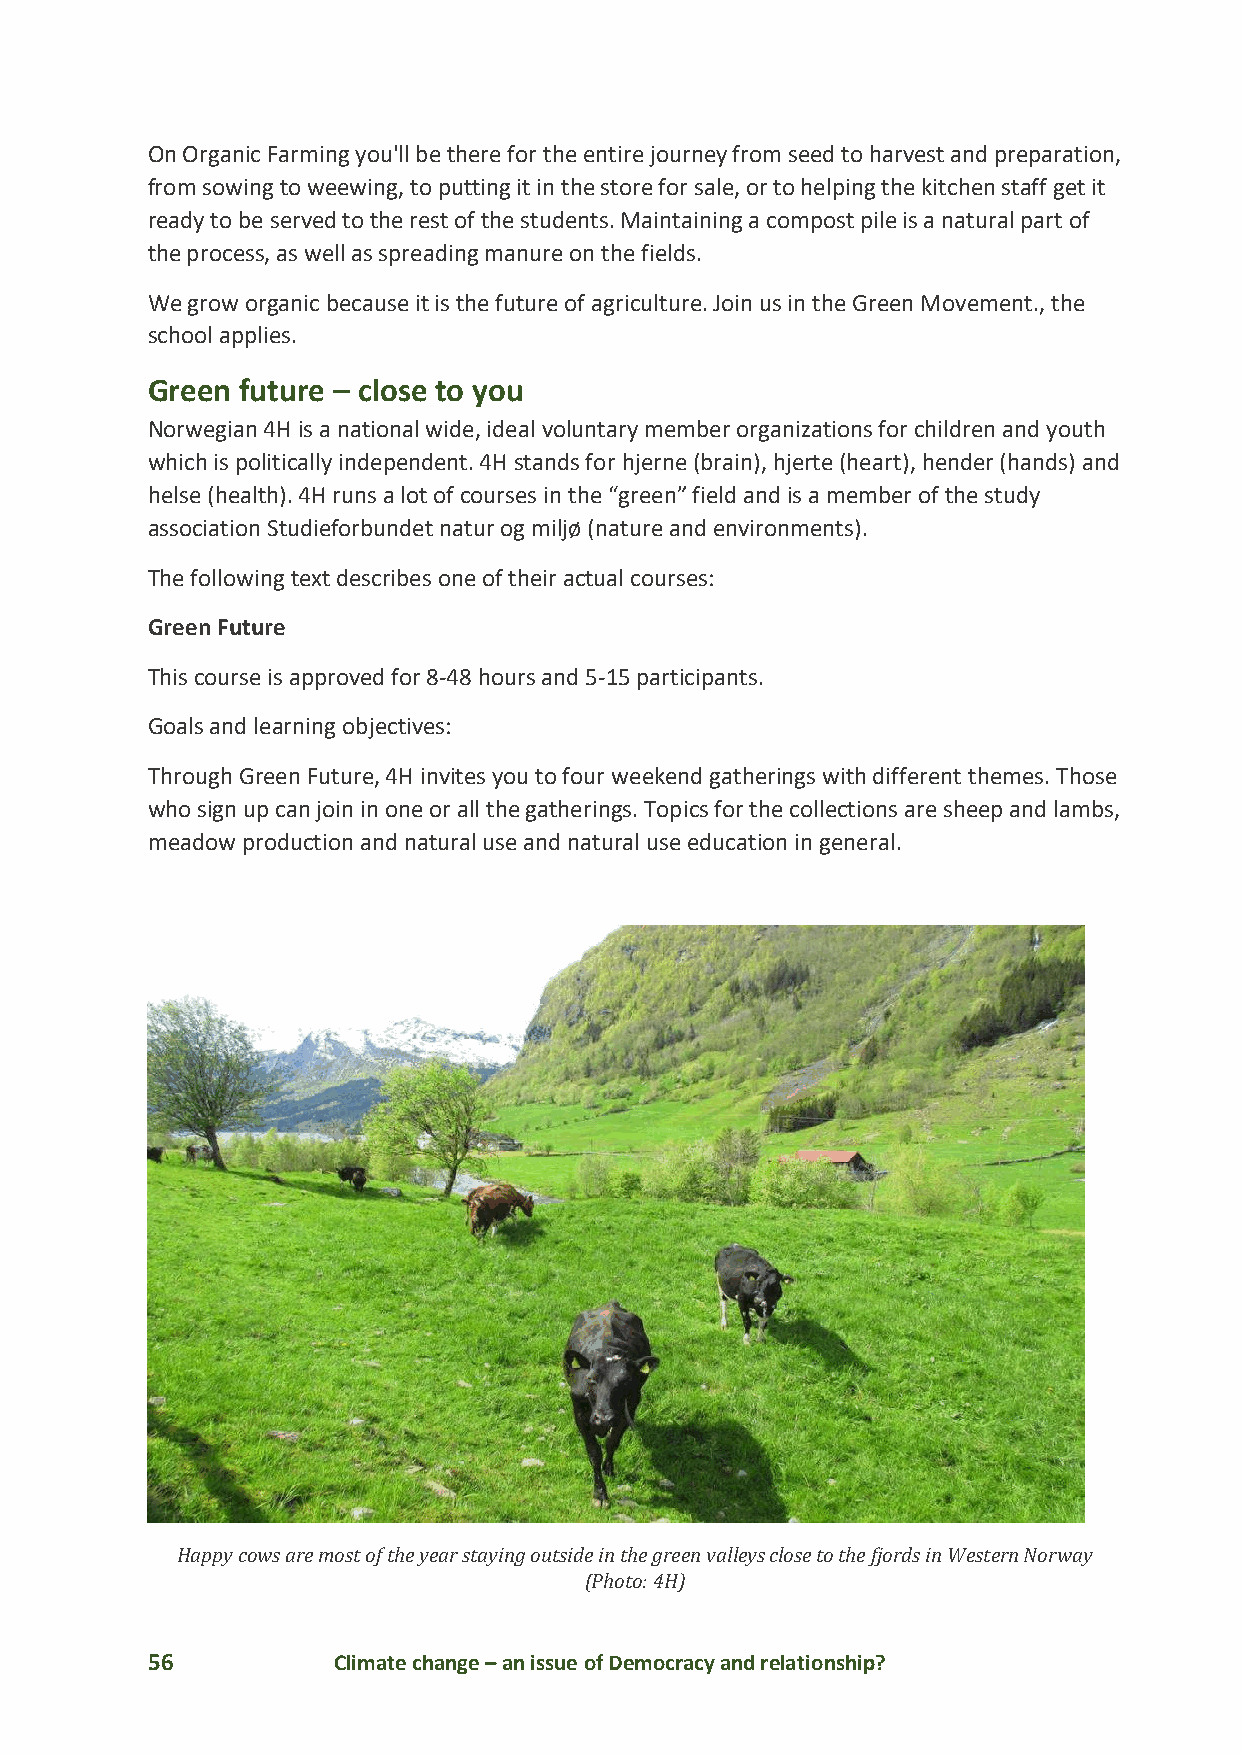
On Organic Farming you'll be there for the entire journey from seed to harvest and preparation,
 from sowing to weewing, to putting it in the store for sale, or to helping the kitchen staff get it
 ready to be served to the rest of the students. Maintaining a compost pile is a natural part of
 the process, as well as spreading manure on the fields.
 We grow organic because it is the future of agriculture. Join us in the Green Movement., the
 school applies.
 Green future – close to you
 Norwegian 4H is a national wide, ideal voluntary member organizations for children and youth
 which is politically independent. 4H stands for hjerne (brain), hjerte (heart), hender (hands) and
 helse (health). 4H runs a lot of courses in the “green” field and is a member of the study
 association Studieforbundet natur og miljø (nature and environments).
 The following text describes one of their actual courses:
 Green Future
 This course is approved for 8-48 hours and 5-15 participants.
 Goals and learning objectives:
 Through Green Future, 4H invites you to four weekend gatherings with different themes. Those
 who sign up can join in one or all the gatherings. Topics for the collections are sheep and lambs,
 meadow production and natural use and natural use education in general.
 Happy cows are most of the year staying outside in the green valleys close to the fjords in Western Norway
 (Photo: 4H)
 56          Climate change – an issue of Democracy and relationship?